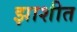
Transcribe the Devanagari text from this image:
झाशीत